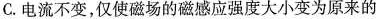
C.电流不变，仅使磁场的磁感应强度大小变为原来的